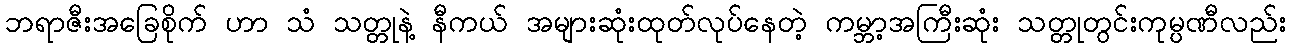
ဘရာဇီးအခြေစိုက် ဟာ သံ သတ္တုနဲ့ နီကယ် အများဆုံးထုတ်လုပ်နေတဲ့ ကမ္ဘာ့အကြီးဆုံး သတ္တုတွင်းကုမ္ပဏီလည်း